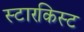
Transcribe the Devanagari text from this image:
स्टारकिस्ट